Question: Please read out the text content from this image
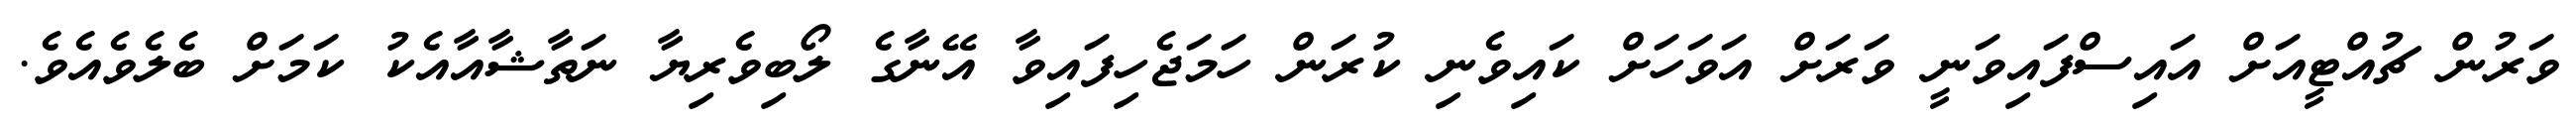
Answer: ވަރުން ޗުއްޓީއަށް އައިސްފައިވަނީ ވަރަށް އަވަހަށް ކައިވެނި ކުރަން ހަމަޖެހިފައިވާ އޭނާގެ ލޯބިވެރިޔާ ނަތާޝާއާއެކު ކަމަށް ބެލެވެއެވެ.